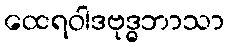
ထေရဝါဒဗုဒ္ဓဘာသာ